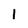
Character: 1